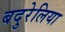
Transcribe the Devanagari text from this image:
बदुरेलिया